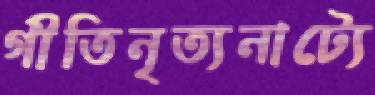
গীতিনৃত্যনাট্যে